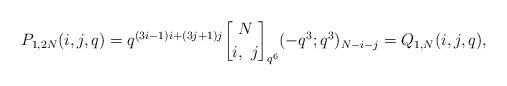
LaTeX: \begin{align*}P_{1,2N}(i,j,q)= q^{(3i-1)i + (3j+1)j} \genfrac{[}{]}{0pt}{}{N}{i,\ j}_{q^6} (-q^3;q^3)_{N-i-j} = Q_{1,N}(i,j,q),\end{align*}